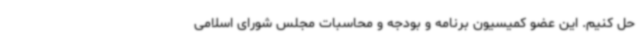
حل کنیم. این عضو کمیسیون برنامه و بودجه و محاسبات مجلس شورای اسلامی